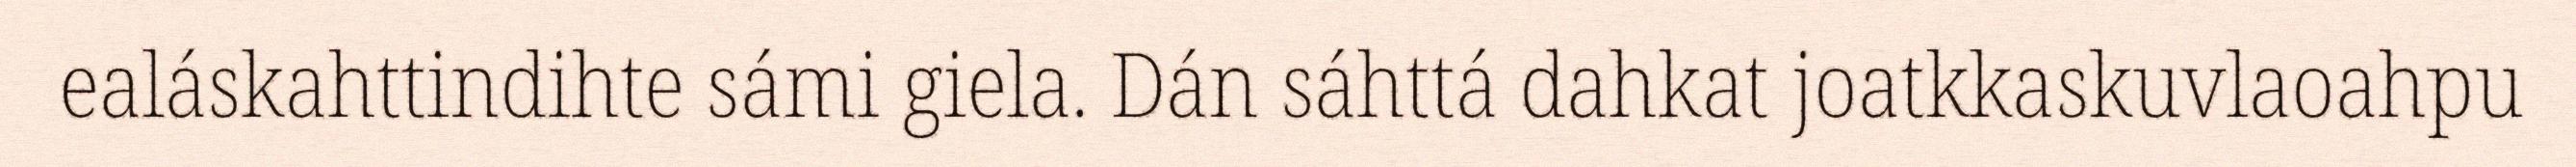
ealáskahttindihte sámi giela. Dán sáhttá dahkat joatkkaskuvlaoahpu